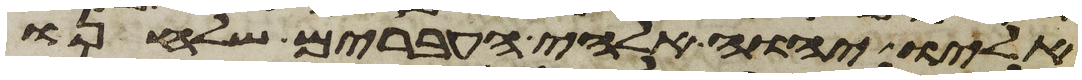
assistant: אליו יהוה אלהי העברים שלחנו